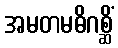
အမတမဓိဂစ္ဆိံ